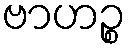
ဗာဟဉ္စ